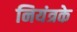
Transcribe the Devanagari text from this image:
नियंत्रके